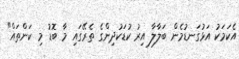
އެކަމަކު އަޅުގަނޑުމެން ބަލާލާ އިރު ކުޑަކުދިންގެ ތެރޭގައި މާ ބޮޑު މި ކަންތައް"